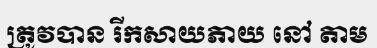
ត្រូវបាន រីកសាយភាយ នៅ តាម